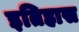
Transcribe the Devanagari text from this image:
इतिहास